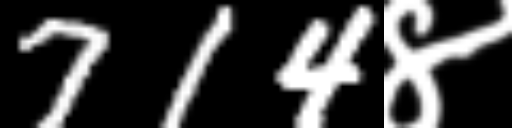
Text: 714४